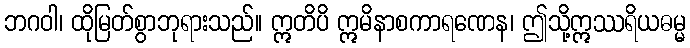
ဘဂဝါ၊ ထိုမြတ်စွာဘုရားသည်။ ဣတိပိ ဣမိနာစကာရဏေန၊ ဤသို့ဣဿရိယဓမ္မ